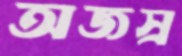
অজস্র